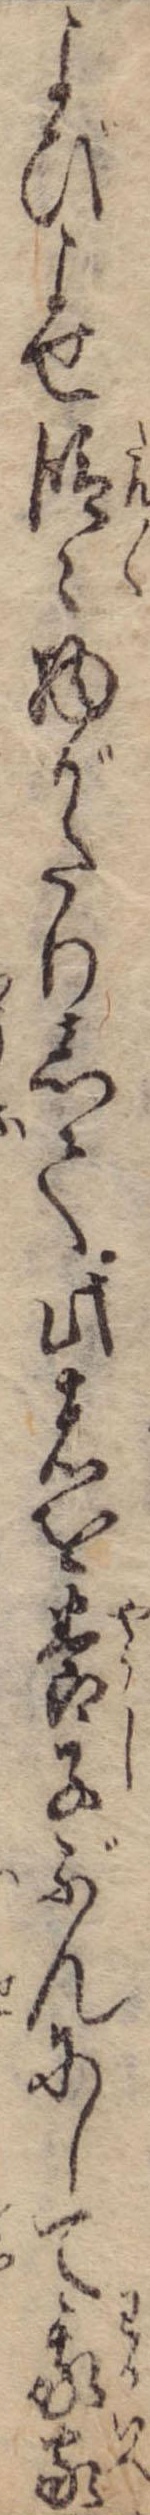
よびよせ段々物がたりして此者を養子ぶんにして我家